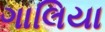
ગાલિયા